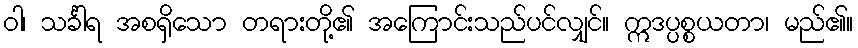
ဝါ၊ သင်္ခါရ အစရှိသော တရားတို့၏ အကြောင်းသည်ပင်လျှင်။ ဣဒပ္ပစ္စယတာ၊ မည်၏။